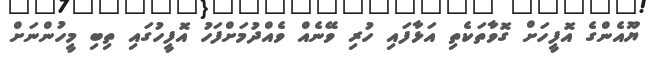
ޔޫއެންގެ އޮފީހަށް ގޮވާތަކެތި އަޅާފައި ހުރި ވޭނެއް ވެއްދުމަށްފަހު އޮފީހުގައި ތިބި މީހުންނަށް